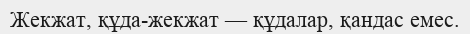
Жекжат, құда-жекжат — құдалар, қандас емес.